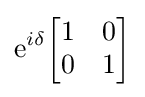
\mathrm {e} ^{i\delta }{\begin{bmatrix}1&0\\0&1\end{bmatrix}}